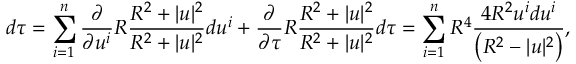
d \tau = \sum _ { i = 1 } ^ { n } { \frac { \partial } { \partial u ^ { i } } } R { \frac { R ^ { 2 } + | u | ^ { 2 } } { R ^ { 2 } + | u | ^ { 2 } } } d u ^ { i } + { \frac { \partial } { \partial \tau } } R { \frac { R ^ { 2 } + | u | ^ { 2 } } { R ^ { 2 } + | u | ^ { 2 } } } d \tau = \sum _ { i = 1 } ^ { n } R ^ { 4 } { \frac { 4 R ^ { 2 } u ^ { i } d u ^ { i } } { \left( R ^ { 2 } - | u | ^ { 2 } \right) } } ,